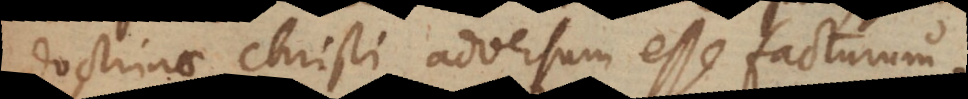
doctrinae Christi adversum esse facturum.